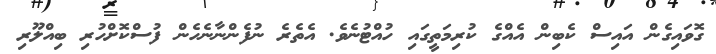
ގޮވައިގެން އައިސް ކެބިން އެއްގެ ކުރިމަތީގައި ހުއްޓުނެވެ. އެތެރެ ނުފެންނާނެހެން ފުސްކޮށްހުރި ބިއްލޫރި